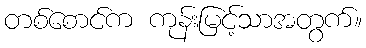
တစ်စောင်က ကုန်းမြင့်သာအတွက်။